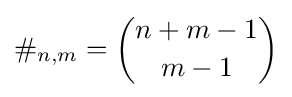
\#_{n,m}={n+m-1 \choose m-1}